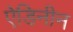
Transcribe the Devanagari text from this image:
ऐडिनीन